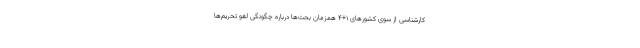
کارشناسی از سوی کشور‌های ۱+۴ همزمان بحث‌ها درباره چگونگی لغو تحریم‌ها